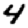
Digit: 4